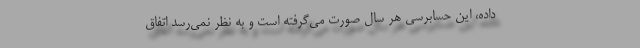
داده، این حسابرسی هر سال صورت می‌گرفته است و به نظر نمی‌رسد اتفاق